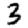
Digit: 3